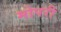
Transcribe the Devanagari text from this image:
मोपरी